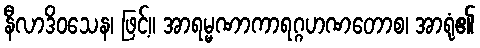
နီလာဒိဝသေန၊ ဖြင့်။ အာရမ္မဏာကာရဂ္ဂဟဏတောစ၊ အာရုံ၏